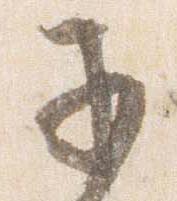
子